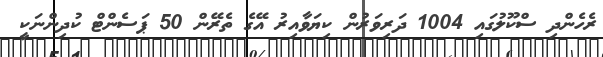
ރެހެންދި ސްކޫލުގައި 1004 ދަރިވަރުން ކިޔަވާއިރު އޭގެ ތެރޭން 50 ޕަސެންޓް ކުދިންނަކީ